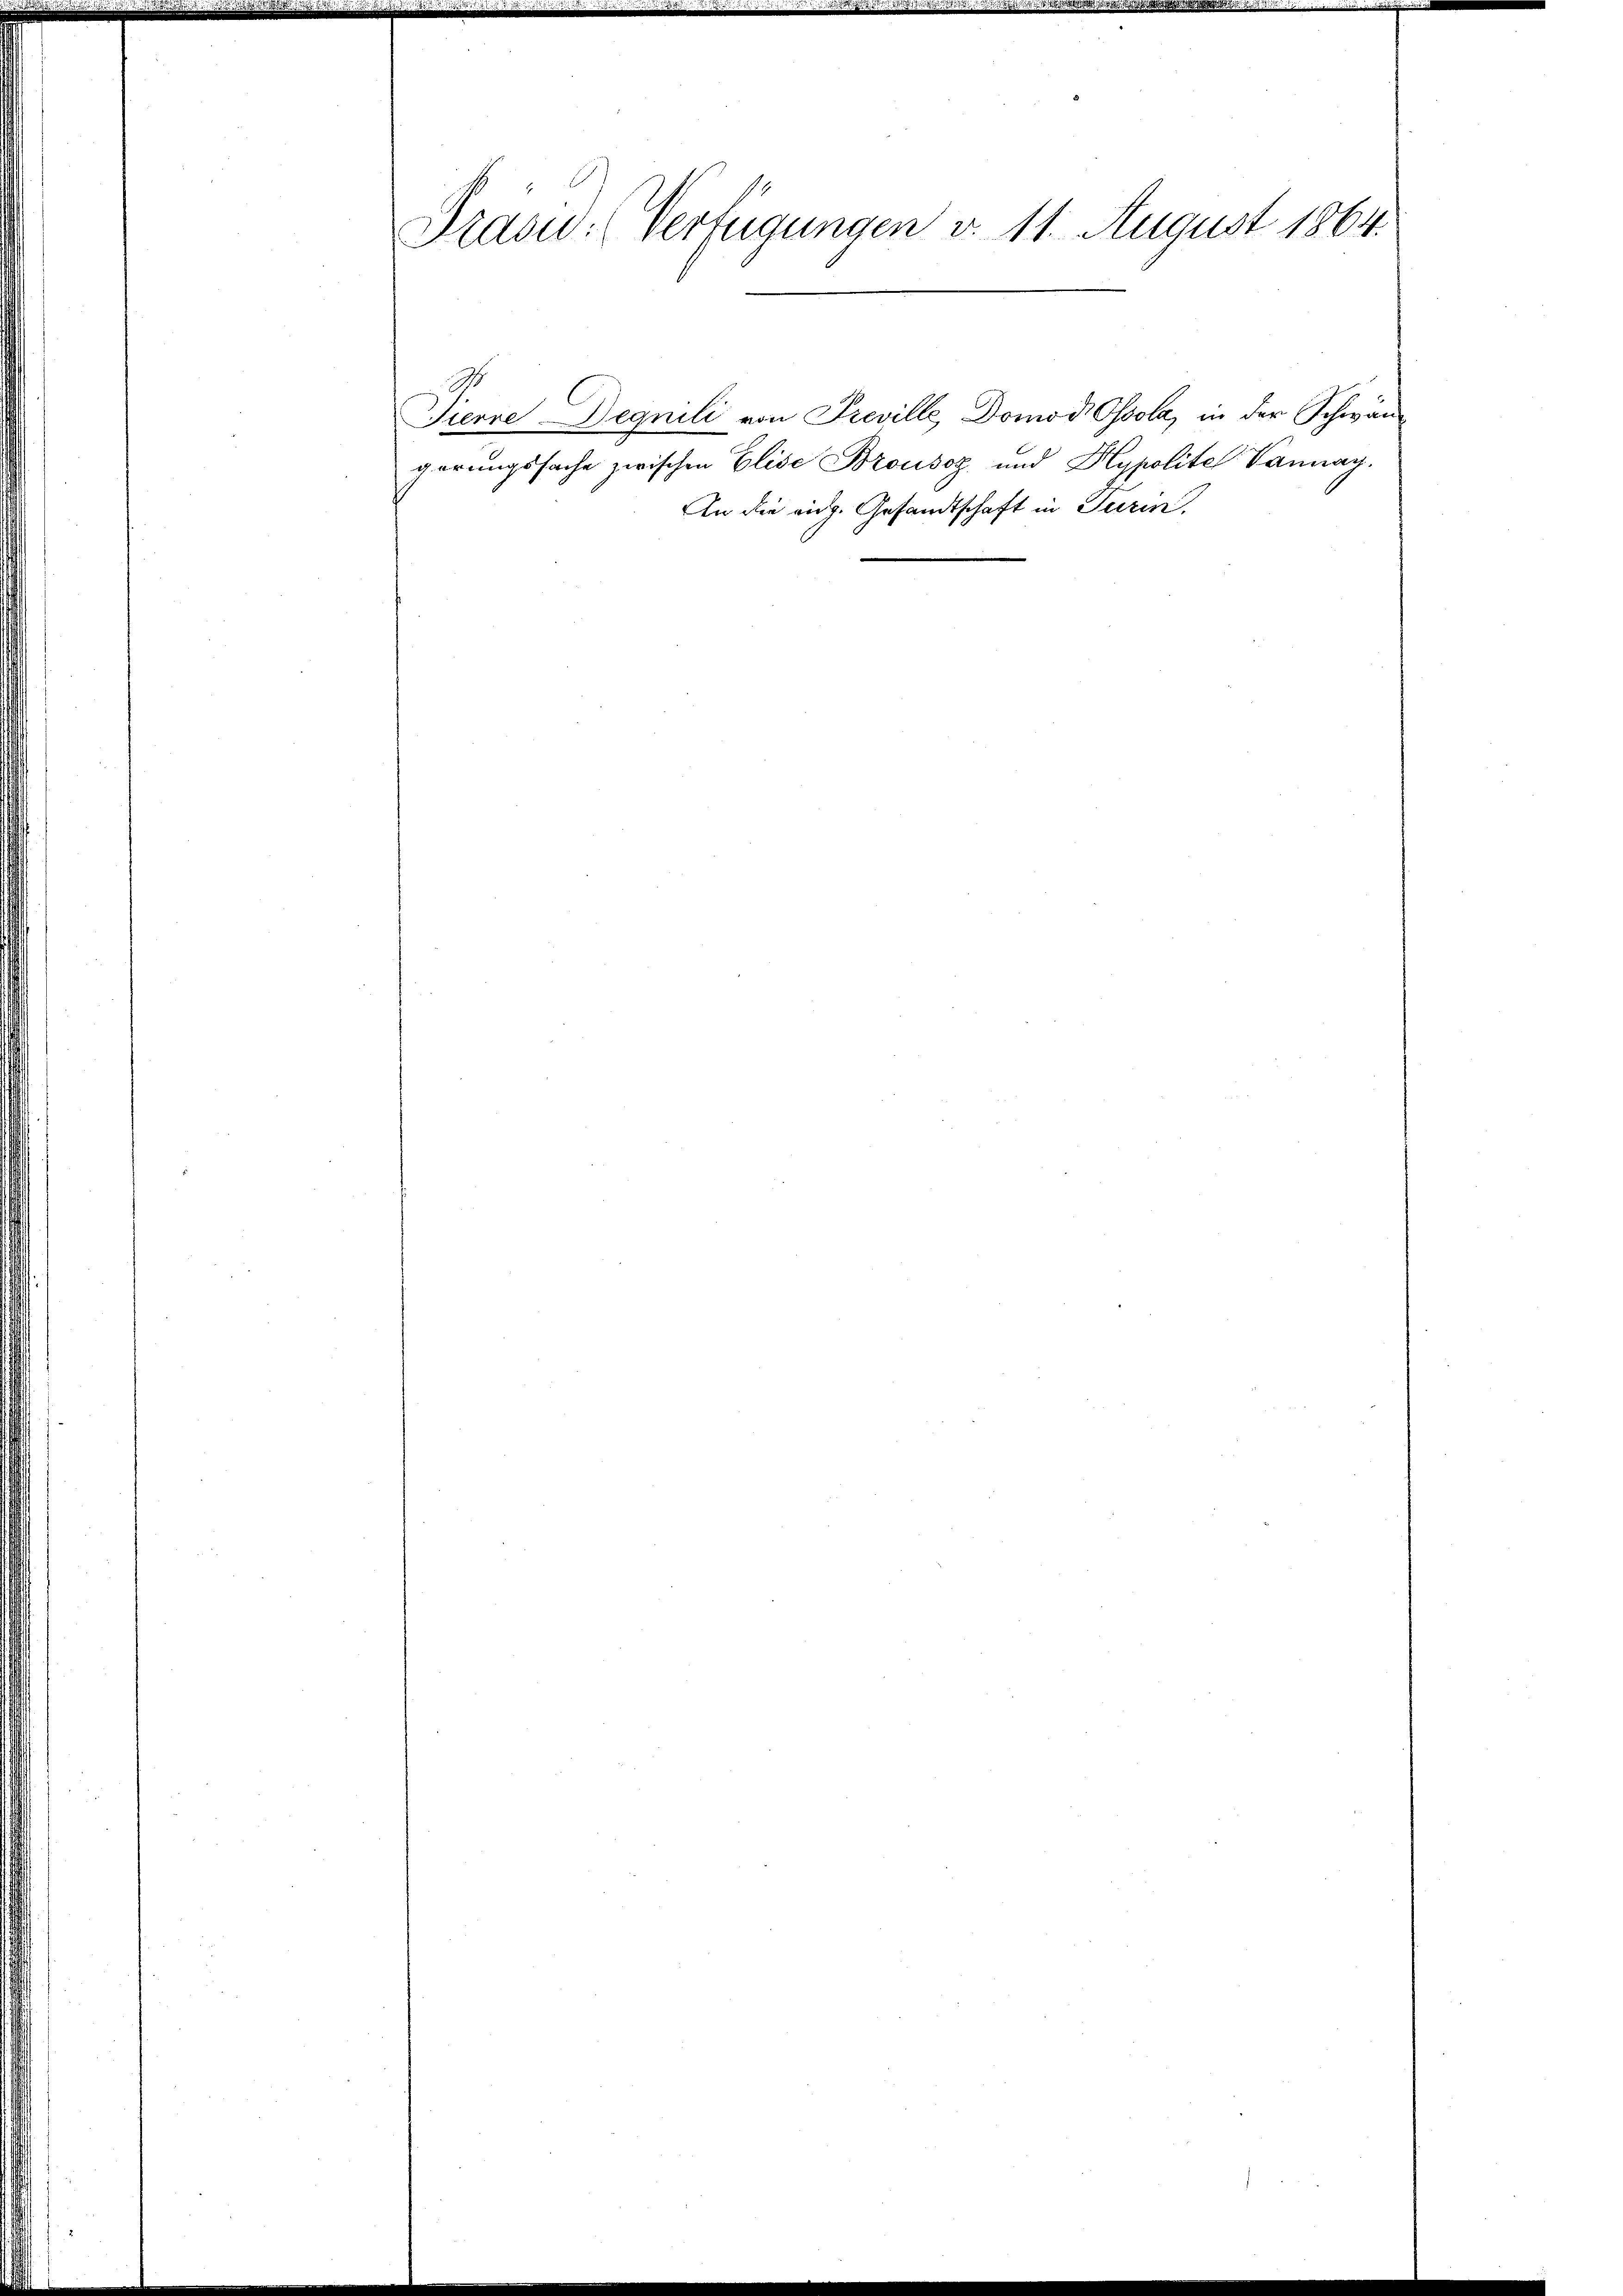
Präsid. Verfügungen d. 11. August 1864.

9.
Tierre Degnili von Preville, Domod Ossola, in der Schwängerungssache zwischen Elise Brousaz und Hypolitel Vannay.
An die eidg. Gesandtschaft in Turin